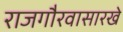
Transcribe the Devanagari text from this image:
राजगौरवासारखे